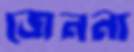
জেননা